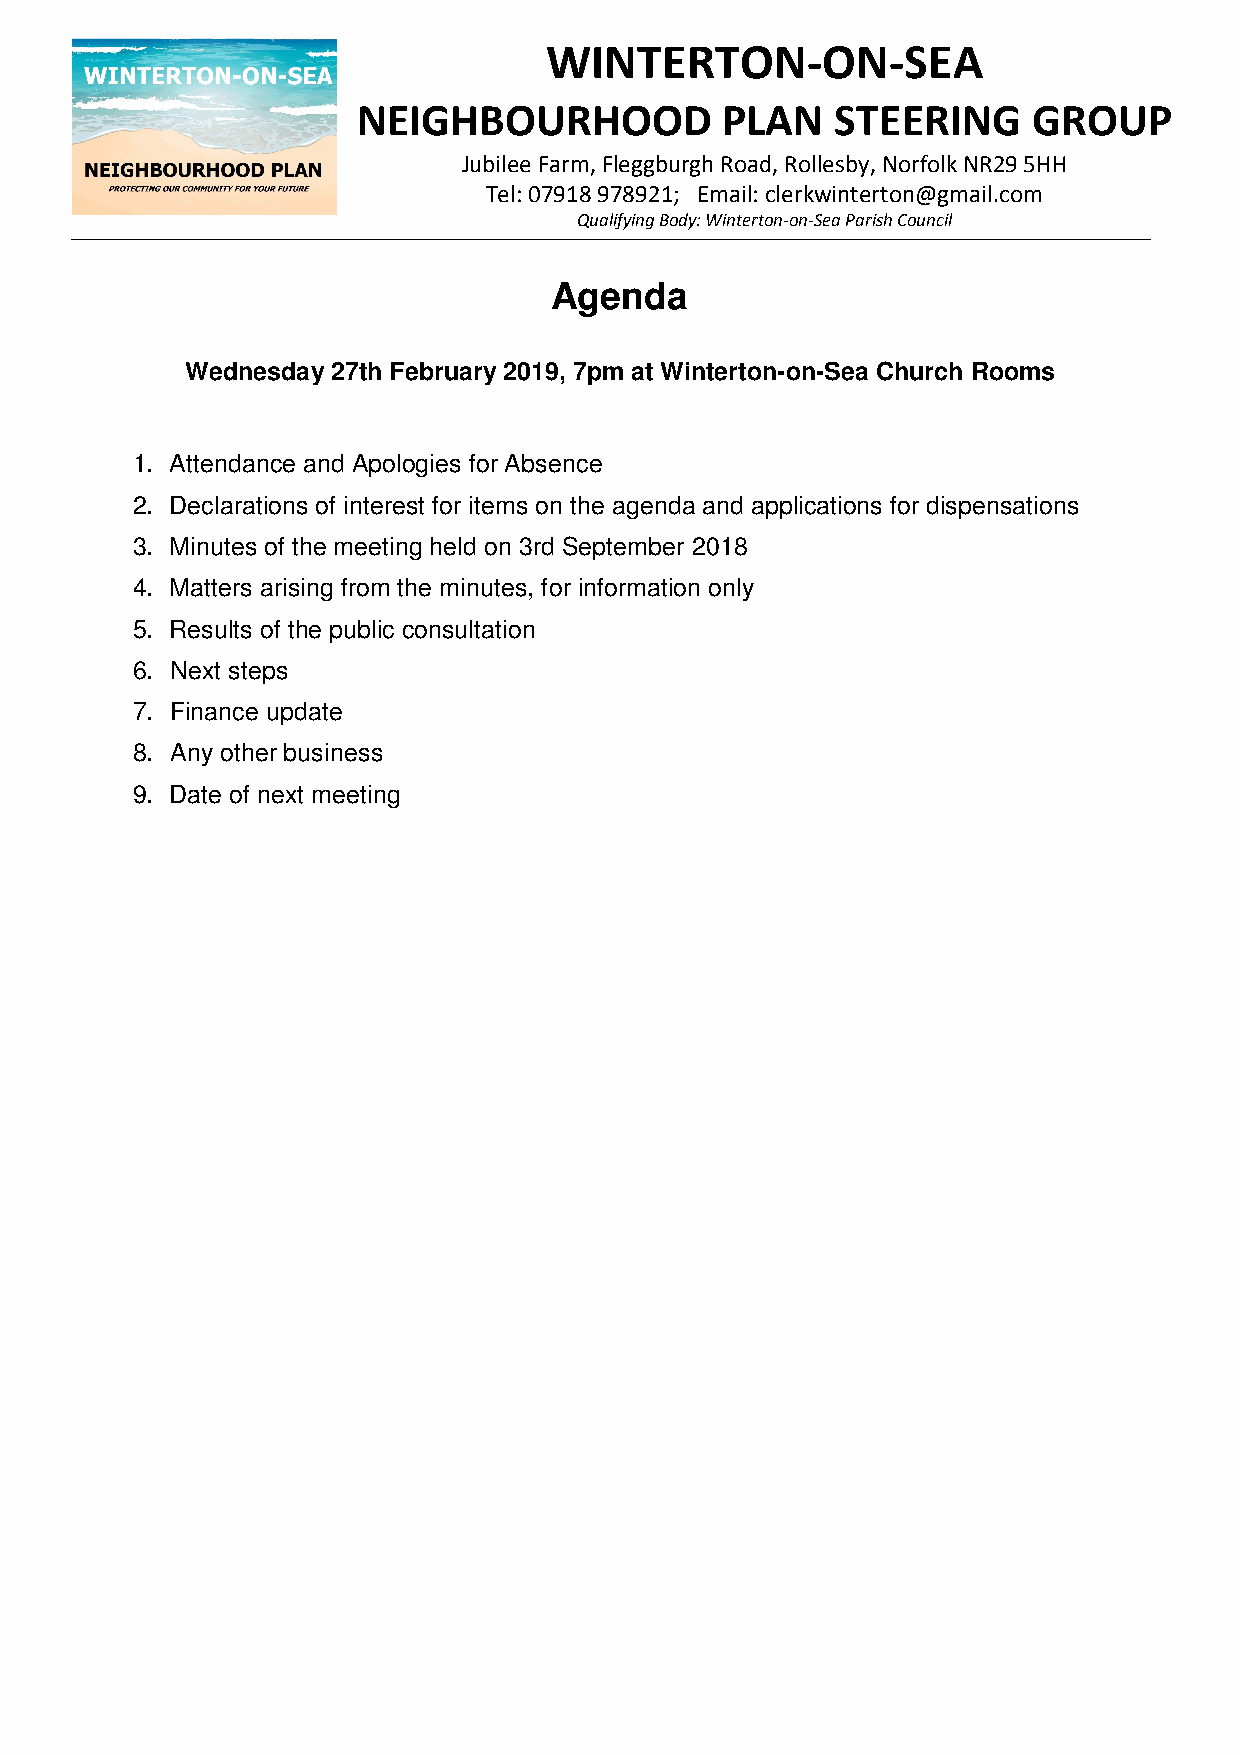
WINTERTON-ON-SEA
 NEIGHBOURHOOD           PLAN   STEERING     GROUP
 Jubilee Farm, Fleggburgh Road, Rollesby, Norfolk NR29 5HH
 Tel: 07918 978921; Email: clerkwinterton@gmail.com
 Qualifying Body: Winterton-on-Sea Parish Council
 Agenda
 Wednesday 27th February 2019, 7pm at Winterton-on-Sea Church Rooms
 1. Attendance and Apologies for Absence
 2. Declarations of interest for items on the agenda and applications for dispensations
 3. Minutes of the meeting held on 3rd September 2018
 4. Matters arising from the minutes, for information only
 5. Results of the public consultation
 6. Next steps
 7. Finance update
 8. Any other business
 9. Date of next meeting